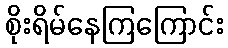
စိုးရိမ်နေကြကြောင်း